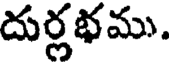
దుర్లభము.